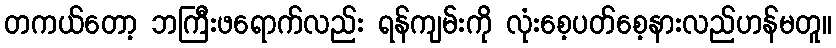
တကယ်တော့ ဘကြီးဖရောက်လည်း ရန်ကျမ်းကို လုံးစေ့ပတ်စေ့နားလည်ဟန်မတူ။